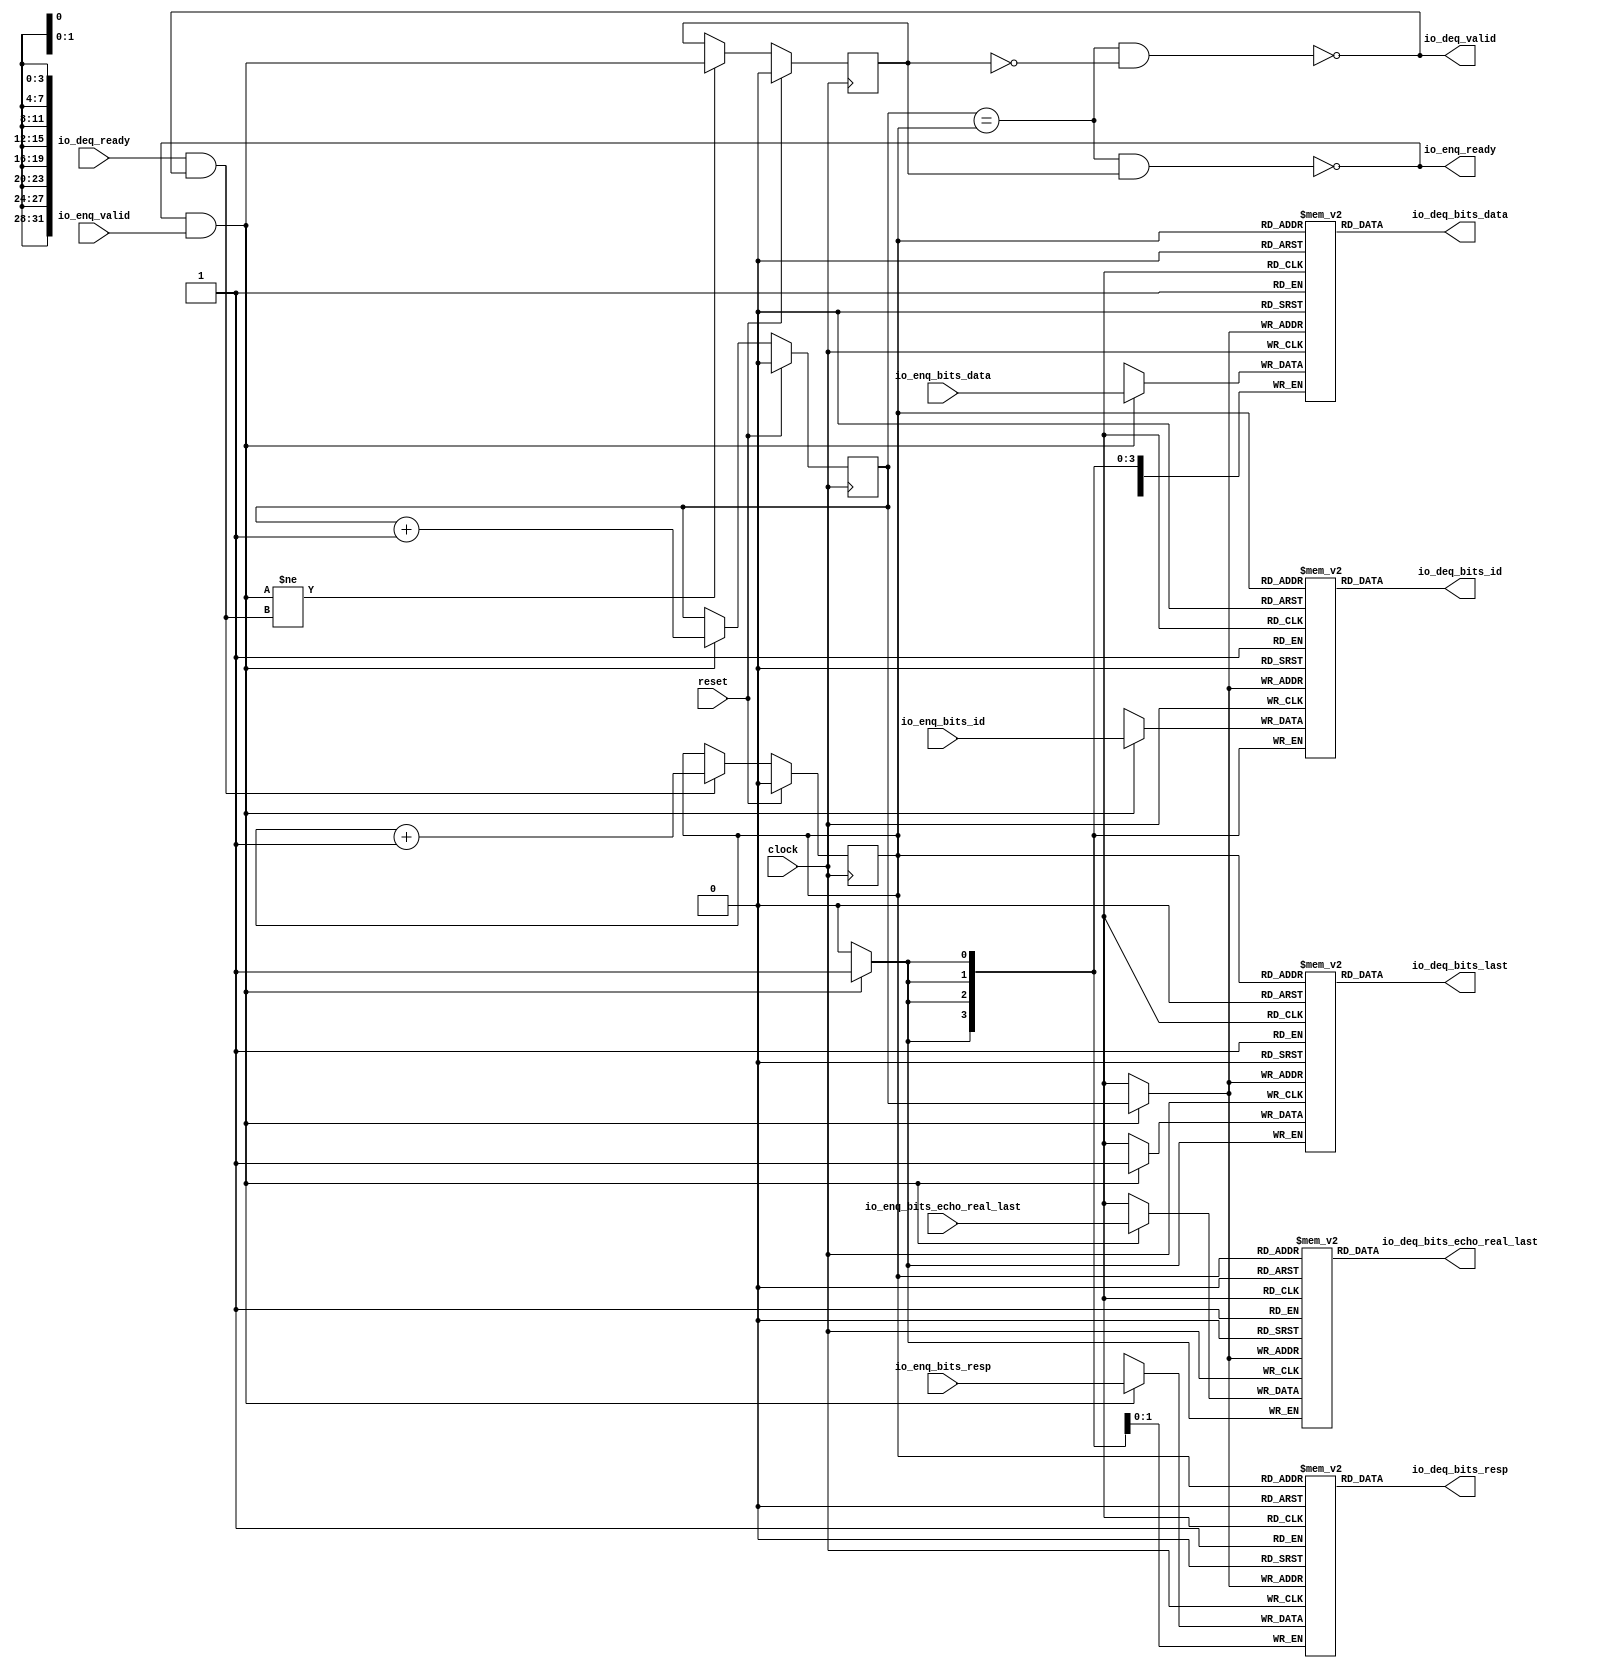
module Queue_42( // @[:freechips.rocketchip.system.DefaultRV32Config.fir@229323.2]
  input         clock, // @[:freechips.rocketchip.system.DefaultRV32Config.fir@229324.4]
  input         reset, // @[:freechips.rocketchip.system.DefaultRV32Config.fir@229325.4]
  output        io_enq_ready, // @[:freechips.rocketchip.system.DefaultRV32Config.fir@229326.4]
  input         io_enq_valid, // @[:freechips.rocketchip.system.DefaultRV32Config.fir@229326.4]
  input  [3:0]  io_enq_bits_id, // @[:freechips.rocketchip.system.DefaultRV32Config.fir@229326.4]
  input  [31:0] io_enq_bits_data, // @[:freechips.rocketchip.system.DefaultRV32Config.fir@229326.4]
  input  [1:0]  io_enq_bits_resp, // @[:freechips.rocketchip.system.DefaultRV32Config.fir@229326.4]
  input         io_enq_bits_echo_real_last, // @[:freechips.rocketchip.system.DefaultRV32Config.fir@229326.4]
  input         io_deq_ready, // @[:freechips.rocketchip.system.DefaultRV32Config.fir@229326.4]
  output        io_deq_valid, // @[:freechips.rocketchip.system.DefaultRV32Config.fir@229326.4]
  output [3:0]  io_deq_bits_id, // @[:freechips.rocketchip.system.DefaultRV32Config.fir@229326.4]
  output [31:0] io_deq_bits_data, // @[:freechips.rocketchip.system.DefaultRV32Config.fir@229326.4]
  output [1:0]  io_deq_bits_resp, // @[:freechips.rocketchip.system.DefaultRV32Config.fir@229326.4]
  output        io_deq_bits_echo_real_last, // @[:freechips.rocketchip.system.DefaultRV32Config.fir@229326.4]
  output        io_deq_bits_last // @[:freechips.rocketchip.system.DefaultRV32Config.fir@229326.4]
);
`ifdef RANDOMIZE_MEM_INIT
  reg [31:0] _RAND_0;
  reg [31:0] _RAND_1;
  reg [31:0] _RAND_2;
  reg [31:0] _RAND_3;
  reg [31:0] _RAND_4;
`endif // RANDOMIZE_MEM_INIT
`ifdef RANDOMIZE_REG_INIT
  reg [31:0] _RAND_5;
  reg [31:0] _RAND_6;
  reg [31:0] _RAND_7;
`endif // RANDOMIZE_REG_INIT
  reg [3:0] ram_id [0:1]; // @[Decoupled.scala 209:16:freechips.rocketchip.system.DefaultRV32Config.fir@229328.4]
  wire [3:0] ram_id__T_15_data; // @[Decoupled.scala 209:16:freechips.rocketchip.system.DefaultRV32Config.fir@229328.4]
  wire  ram_id__T_15_addr; // @[Decoupled.scala 209:16:freechips.rocketchip.system.DefaultRV32Config.fir@229328.4]
  wire [3:0] ram_id__T_5_data; // @[Decoupled.scala 209:16:freechips.rocketchip.system.DefaultRV32Config.fir@229328.4]
  wire  ram_id__T_5_addr; // @[Decoupled.scala 209:16:freechips.rocketchip.system.DefaultRV32Config.fir@229328.4]
  wire  ram_id__T_5_mask; // @[Decoupled.scala 209:16:freechips.rocketchip.system.DefaultRV32Config.fir@229328.4]
  wire  ram_id__T_5_en; // @[Decoupled.scala 209:16:freechips.rocketchip.system.DefaultRV32Config.fir@229328.4]
  reg [31:0] ram_data [0:1]; // @[Decoupled.scala 209:16:freechips.rocketchip.system.DefaultRV32Config.fir@229328.4]
  wire [31:0] ram_data__T_15_data; // @[Decoupled.scala 209:16:freechips.rocketchip.system.DefaultRV32Config.fir@229328.4]
  wire  ram_data__T_15_addr; // @[Decoupled.scala 209:16:freechips.rocketchip.system.DefaultRV32Config.fir@229328.4]
  wire [31:0] ram_data__T_5_data; // @[Decoupled.scala 209:16:freechips.rocketchip.system.DefaultRV32Config.fir@229328.4]
  wire  ram_data__T_5_addr; // @[Decoupled.scala 209:16:freechips.rocketchip.system.DefaultRV32Config.fir@229328.4]
  wire  ram_data__T_5_mask; // @[Decoupled.scala 209:16:freechips.rocketchip.system.DefaultRV32Config.fir@229328.4]
  wire  ram_data__T_5_en; // @[Decoupled.scala 209:16:freechips.rocketchip.system.DefaultRV32Config.fir@229328.4]
  reg [1:0] ram_resp [0:1]; // @[Decoupled.scala 209:16:freechips.rocketchip.system.DefaultRV32Config.fir@229328.4]
  wire [1:0] ram_resp__T_15_data; // @[Decoupled.scala 209:16:freechips.rocketchip.system.DefaultRV32Config.fir@229328.4]
  wire  ram_resp__T_15_addr; // @[Decoupled.scala 209:16:freechips.rocketchip.system.DefaultRV32Config.fir@229328.4]
  wire [1:0] ram_resp__T_5_data; // @[Decoupled.scala 209:16:freechips.rocketchip.system.DefaultRV32Config.fir@229328.4]
  wire  ram_resp__T_5_addr; // @[Decoupled.scala 209:16:freechips.rocketchip.system.DefaultRV32Config.fir@229328.4]
  wire  ram_resp__T_5_mask; // @[Decoupled.scala 209:16:freechips.rocketchip.system.DefaultRV32Config.fir@229328.4]
  wire  ram_resp__T_5_en; // @[Decoupled.scala 209:16:freechips.rocketchip.system.DefaultRV32Config.fir@229328.4]
  reg  ram_echo_real_last [0:1]; // @[Decoupled.scala 209:16:freechips.rocketchip.system.DefaultRV32Config.fir@229328.4]
  wire  ram_echo_real_last__T_15_data; // @[Decoupled.scala 209:16:freechips.rocketchip.system.DefaultRV32Config.fir@229328.4]
  wire  ram_echo_real_last__T_15_addr; // @[Decoupled.scala 209:16:freechips.rocketchip.system.DefaultRV32Config.fir@229328.4]
  wire  ram_echo_real_last__T_5_data; // @[Decoupled.scala 209:16:freechips.rocketchip.system.DefaultRV32Config.fir@229328.4]
  wire  ram_echo_real_last__T_5_addr; // @[Decoupled.scala 209:16:freechips.rocketchip.system.DefaultRV32Config.fir@229328.4]
  wire  ram_echo_real_last__T_5_mask; // @[Decoupled.scala 209:16:freechips.rocketchip.system.DefaultRV32Config.fir@229328.4]
  wire  ram_echo_real_last__T_5_en; // @[Decoupled.scala 209:16:freechips.rocketchip.system.DefaultRV32Config.fir@229328.4]
  reg  ram_last [0:1]; // @[Decoupled.scala 209:16:freechips.rocketchip.system.DefaultRV32Config.fir@229328.4]
  wire  ram_last__T_15_data; // @[Decoupled.scala 209:16:freechips.rocketchip.system.DefaultRV32Config.fir@229328.4]
  wire  ram_last__T_15_addr; // @[Decoupled.scala 209:16:freechips.rocketchip.system.DefaultRV32Config.fir@229328.4]
  wire  ram_last__T_5_data; // @[Decoupled.scala 209:16:freechips.rocketchip.system.DefaultRV32Config.fir@229328.4]
  wire  ram_last__T_5_addr; // @[Decoupled.scala 209:16:freechips.rocketchip.system.DefaultRV32Config.fir@229328.4]
  wire  ram_last__T_5_mask; // @[Decoupled.scala 209:16:freechips.rocketchip.system.DefaultRV32Config.fir@229328.4]
  wire  ram_last__T_5_en; // @[Decoupled.scala 209:16:freechips.rocketchip.system.DefaultRV32Config.fir@229328.4]
  reg  _T; // @[Counter.scala 29:33:freechips.rocketchip.system.DefaultRV32Config.fir@229329.4]
  reg  _T_1; // @[Counter.scala 29:33:freechips.rocketchip.system.DefaultRV32Config.fir@229330.4]
  reg  maybe_full; // @[Decoupled.scala 212:27:freechips.rocketchip.system.DefaultRV32Config.fir@229331.4]
  wire  ptr_match; // @[Decoupled.scala 214:33:freechips.rocketchip.system.DefaultRV32Config.fir@229332.4]
  wire  _T_2; // @[Decoupled.scala 215:28:freechips.rocketchip.system.DefaultRV32Config.fir@229333.4]
  wire  empty; // @[Decoupled.scala 215:25:freechips.rocketchip.system.DefaultRV32Config.fir@229334.4]
  wire  full; // @[Decoupled.scala 216:24:freechips.rocketchip.system.DefaultRV32Config.fir@229335.4]
  wire  do_enq; // @[Decoupled.scala 40:37:freechips.rocketchip.system.DefaultRV32Config.fir@229336.4]
  wire  do_deq; // @[Decoupled.scala 40:37:freechips.rocketchip.system.DefaultRV32Config.fir@229339.4]
  wire  _T_8; // @[Counter.scala 39:22:freechips.rocketchip.system.DefaultRV32Config.fir@229351.6]
  wire  _T_11; // @[Counter.scala 39:22:freechips.rocketchip.system.DefaultRV32Config.fir@229357.6]
  wire  _T_12; // @[Decoupled.scala 227:16:freechips.rocketchip.system.DefaultRV32Config.fir@229360.4]
  assign ram_id__T_15_addr = _T_1;
  assign ram_id__T_15_data = ram_id[ram_id__T_15_addr]; // @[Decoupled.scala 209:16:freechips.rocketchip.system.DefaultRV32Config.fir@229328.4]
  assign ram_id__T_5_data = io_enq_bits_id;
  assign ram_id__T_5_addr = _T;
  assign ram_id__T_5_mask = 1'h1;
  assign ram_id__T_5_en = io_enq_ready & io_enq_valid;
  assign ram_data__T_15_addr = _T_1;
  assign ram_data__T_15_data = ram_data[ram_data__T_15_addr]; // @[Decoupled.scala 209:16:freechips.rocketchip.system.DefaultRV32Config.fir@229328.4]
  assign ram_data__T_5_data = io_enq_bits_data;
  assign ram_data__T_5_addr = _T;
  assign ram_data__T_5_mask = 1'h1;
  assign ram_data__T_5_en = io_enq_ready & io_enq_valid;
  assign ram_resp__T_15_addr = _T_1;
  assign ram_resp__T_15_data = ram_resp[ram_resp__T_15_addr]; // @[Decoupled.scala 209:16:freechips.rocketchip.system.DefaultRV32Config.fir@229328.4]
  assign ram_resp__T_5_data = io_enq_bits_resp;
  assign ram_resp__T_5_addr = _T;
  assign ram_resp__T_5_mask = 1'h1;
  assign ram_resp__T_5_en = io_enq_ready & io_enq_valid;
  assign ram_echo_real_last__T_15_addr = _T_1;
  assign ram_echo_real_last__T_15_data = ram_echo_real_last[ram_echo_real_last__T_15_addr]; // @[Decoupled.scala 209:16:freechips.rocketchip.system.DefaultRV32Config.fir@229328.4]
  assign ram_echo_real_last__T_5_data = io_enq_bits_echo_real_last;
  assign ram_echo_real_last__T_5_addr = _T;
  assign ram_echo_real_last__T_5_mask = 1'h1;
  assign ram_echo_real_last__T_5_en = io_enq_ready & io_enq_valid;
  assign ram_last__T_15_addr = _T_1;
  assign ram_last__T_15_data = ram_last[ram_last__T_15_addr]; // @[Decoupled.scala 209:16:freechips.rocketchip.system.DefaultRV32Config.fir@229328.4]
  assign ram_last__T_5_data = 1'h1;
  assign ram_last__T_5_addr = _T;
  assign ram_last__T_5_mask = 1'h1;
  assign ram_last__T_5_en = io_enq_ready & io_enq_valid;
  assign ptr_match = _T == _T_1; // @[Decoupled.scala 214:33:freechips.rocketchip.system.DefaultRV32Config.fir@229332.4]
  assign _T_2 = ~maybe_full; // @[Decoupled.scala 215:28:freechips.rocketchip.system.DefaultRV32Config.fir@229333.4]
  assign empty = ptr_match & _T_2; // @[Decoupled.scala 215:25:freechips.rocketchip.system.DefaultRV32Config.fir@229334.4]
  assign full = ptr_match & maybe_full; // @[Decoupled.scala 216:24:freechips.rocketchip.system.DefaultRV32Config.fir@229335.4]
  assign do_enq = io_enq_ready & io_enq_valid; // @[Decoupled.scala 40:37:freechips.rocketchip.system.DefaultRV32Config.fir@229336.4]
  assign do_deq = io_deq_ready & io_deq_valid; // @[Decoupled.scala 40:37:freechips.rocketchip.system.DefaultRV32Config.fir@229339.4]
  assign _T_8 = _T + 1'h1; // @[Counter.scala 39:22:freechips.rocketchip.system.DefaultRV32Config.fir@229351.6]
  assign _T_11 = _T_1 + 1'h1; // @[Counter.scala 39:22:freechips.rocketchip.system.DefaultRV32Config.fir@229357.6]
  assign _T_12 = do_enq != do_deq; // @[Decoupled.scala 227:16:freechips.rocketchip.system.DefaultRV32Config.fir@229360.4]
  assign io_enq_ready = ~full; // @[Decoupled.scala 232:16:freechips.rocketchip.system.DefaultRV32Config.fir@229367.4]
  assign io_deq_valid = ~empty; // @[Decoupled.scala 231:16:freechips.rocketchip.system.DefaultRV32Config.fir@229365.4]
  assign io_deq_bits_id = ram_id__T_15_data; // @[Decoupled.scala 233:15:freechips.rocketchip.system.DefaultRV32Config.fir@229373.4]
  assign io_deq_bits_data = ram_data__T_15_data; // @[Decoupled.scala 233:15:freechips.rocketchip.system.DefaultRV32Config.fir@229372.4]
  assign io_deq_bits_resp = ram_resp__T_15_data; // @[Decoupled.scala 233:15:freechips.rocketchip.system.DefaultRV32Config.fir@229371.4]
  assign io_deq_bits_echo_real_last = ram_echo_real_last__T_15_data; // @[Decoupled.scala 233:15:freechips.rocketchip.system.DefaultRV32Config.fir@229370.4]
  assign io_deq_bits_last = ram_last__T_15_data; // @[Decoupled.scala 233:15:freechips.rocketchip.system.DefaultRV32Config.fir@229369.4]
`ifdef RANDOMIZE_GARBAGE_ASSIGN
`define RANDOMIZE
`endif
`ifdef RANDOMIZE_INVALID_ASSIGN
`define RANDOMIZE
`endif
`ifdef RANDOMIZE_REG_INIT
`define RANDOMIZE
`endif
`ifdef RANDOMIZE_MEM_INIT
`define RANDOMIZE
`endif
`ifndef RANDOM
`define RANDOM $random
`endif
`ifdef RANDOMIZE_MEM_INIT
  integer initvar;
`endif
`ifndef SYNTHESIS
`ifdef FIRRTL_BEFORE_INITIAL
`FIRRTL_BEFORE_INITIAL
`endif
initial begin
  `ifdef RANDOMIZE
    `ifdef INIT_RANDOM
      `INIT_RANDOM
    `endif
    `ifndef VERILATOR
      `ifdef RANDOMIZE_DELAY
        #`RANDOMIZE_DELAY begin end
      `else
        #0.002 begin end
      `endif
    `endif
`ifdef RANDOMIZE_MEM_INIT
  _RAND_0 = {1{`RANDOM}};
  for (initvar = 0; initvar < 2; initvar = initvar+1)
    ram_id[initvar] = _RAND_0[3:0];
  _RAND_1 = {1{`RANDOM}};
  for (initvar = 0; initvar < 2; initvar = initvar+1)
    ram_data[initvar] = _RAND_1[31:0];
  _RAND_2 = {1{`RANDOM}};
  for (initvar = 0; initvar < 2; initvar = initvar+1)
    ram_resp[initvar] = _RAND_2[1:0];
  _RAND_3 = {1{`RANDOM}};
  for (initvar = 0; initvar < 2; initvar = initvar+1)
    ram_echo_real_last[initvar] = _RAND_3[0:0];
  _RAND_4 = {1{`RANDOM}};
  for (initvar = 0; initvar < 2; initvar = initvar+1)
    ram_last[initvar] = _RAND_4[0:0];
`endif // RANDOMIZE_MEM_INIT
`ifdef RANDOMIZE_REG_INIT
  _RAND_5 = {1{`RANDOM}};
  _T = _RAND_5[0:0];
  _RAND_6 = {1{`RANDOM}};
  _T_1 = _RAND_6[0:0];
  _RAND_7 = {1{`RANDOM}};
  maybe_full = _RAND_7[0:0];
`endif // RANDOMIZE_REG_INIT
  `endif // RANDOMIZE
end // initial
`ifdef FIRRTL_AFTER_INITIAL
`FIRRTL_AFTER_INITIAL
`endif
`endif // SYNTHESIS
  always @(posedge clock) begin
    if(ram_id__T_5_en & ram_id__T_5_mask) begin
      ram_id[ram_id__T_5_addr] <= ram_id__T_5_data; // @[Decoupled.scala 209:16:freechips.rocketchip.system.DefaultRV32Config.fir@229328.4]
    end
    if(ram_data__T_5_en & ram_data__T_5_mask) begin
      ram_data[ram_data__T_5_addr] <= ram_data__T_5_data; // @[Decoupled.scala 209:16:freechips.rocketchip.system.DefaultRV32Config.fir@229328.4]
    end
    if(ram_resp__T_5_en & ram_resp__T_5_mask) begin
      ram_resp[ram_resp__T_5_addr] <= ram_resp__T_5_data; // @[Decoupled.scala 209:16:freechips.rocketchip.system.DefaultRV32Config.fir@229328.4]
    end
    if(ram_echo_real_last__T_5_en & ram_echo_real_last__T_5_mask) begin
      ram_echo_real_last[ram_echo_real_last__T_5_addr] <= ram_echo_real_last__T_5_data; // @[Decoupled.scala 209:16:freechips.rocketchip.system.DefaultRV32Config.fir@229328.4]
    end
    if(ram_last__T_5_en & ram_last__T_5_mask) begin
      ram_last[ram_last__T_5_addr] <= ram_last__T_5_data; // @[Decoupled.scala 209:16:freechips.rocketchip.system.DefaultRV32Config.fir@229328.4]
    end
    if (reset) begin
      _T <= 1'h0;
    end else if (do_enq) begin
      _T <= _T_8;
    end
    if (reset) begin
      _T_1 <= 1'h0;
    end else if (do_deq) begin
      _T_1 <= _T_11;
    end
    if (reset) begin
      maybe_full <= 1'h0;
    end else if (_T_12) begin
      maybe_full <= do_enq;
    end
  end
endmodule